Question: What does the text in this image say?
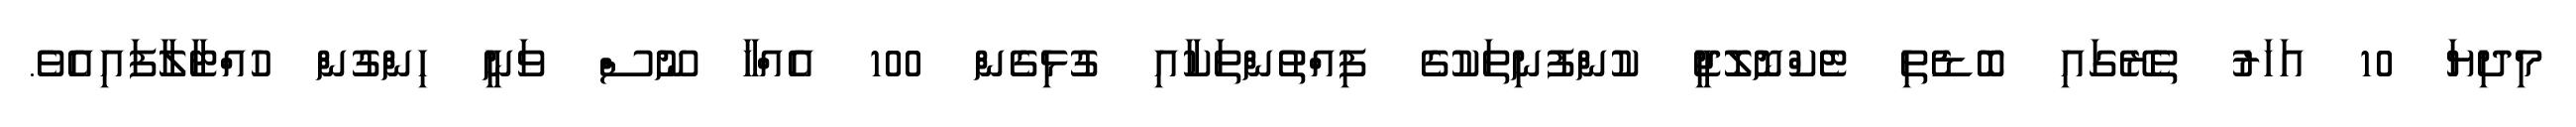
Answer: މިދިޔަ 10 އަހަރު ތެރޭގައި ބޮޑެތި ޓެކްނޮލޮޖީ ކުންފުނިތަކުގެ ފިއްތުންތަކާއި ގުޅިގެން 100 އެއްހާ ނޫސް ވަނީ ހިންގުން ހުއްޓާލާފައިއެވެ.